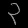
Digit: ၃